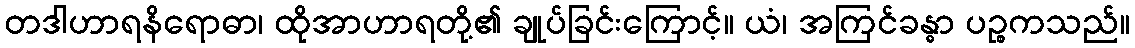
တဒါဟာရနိရောဓာ၊ ထိုအာဟာရတို့၏ ချုပ်ခြင်းကြောင့်။ ယံ၊ အကြင်ခန္ဓာ ပဉ္စကသည်။